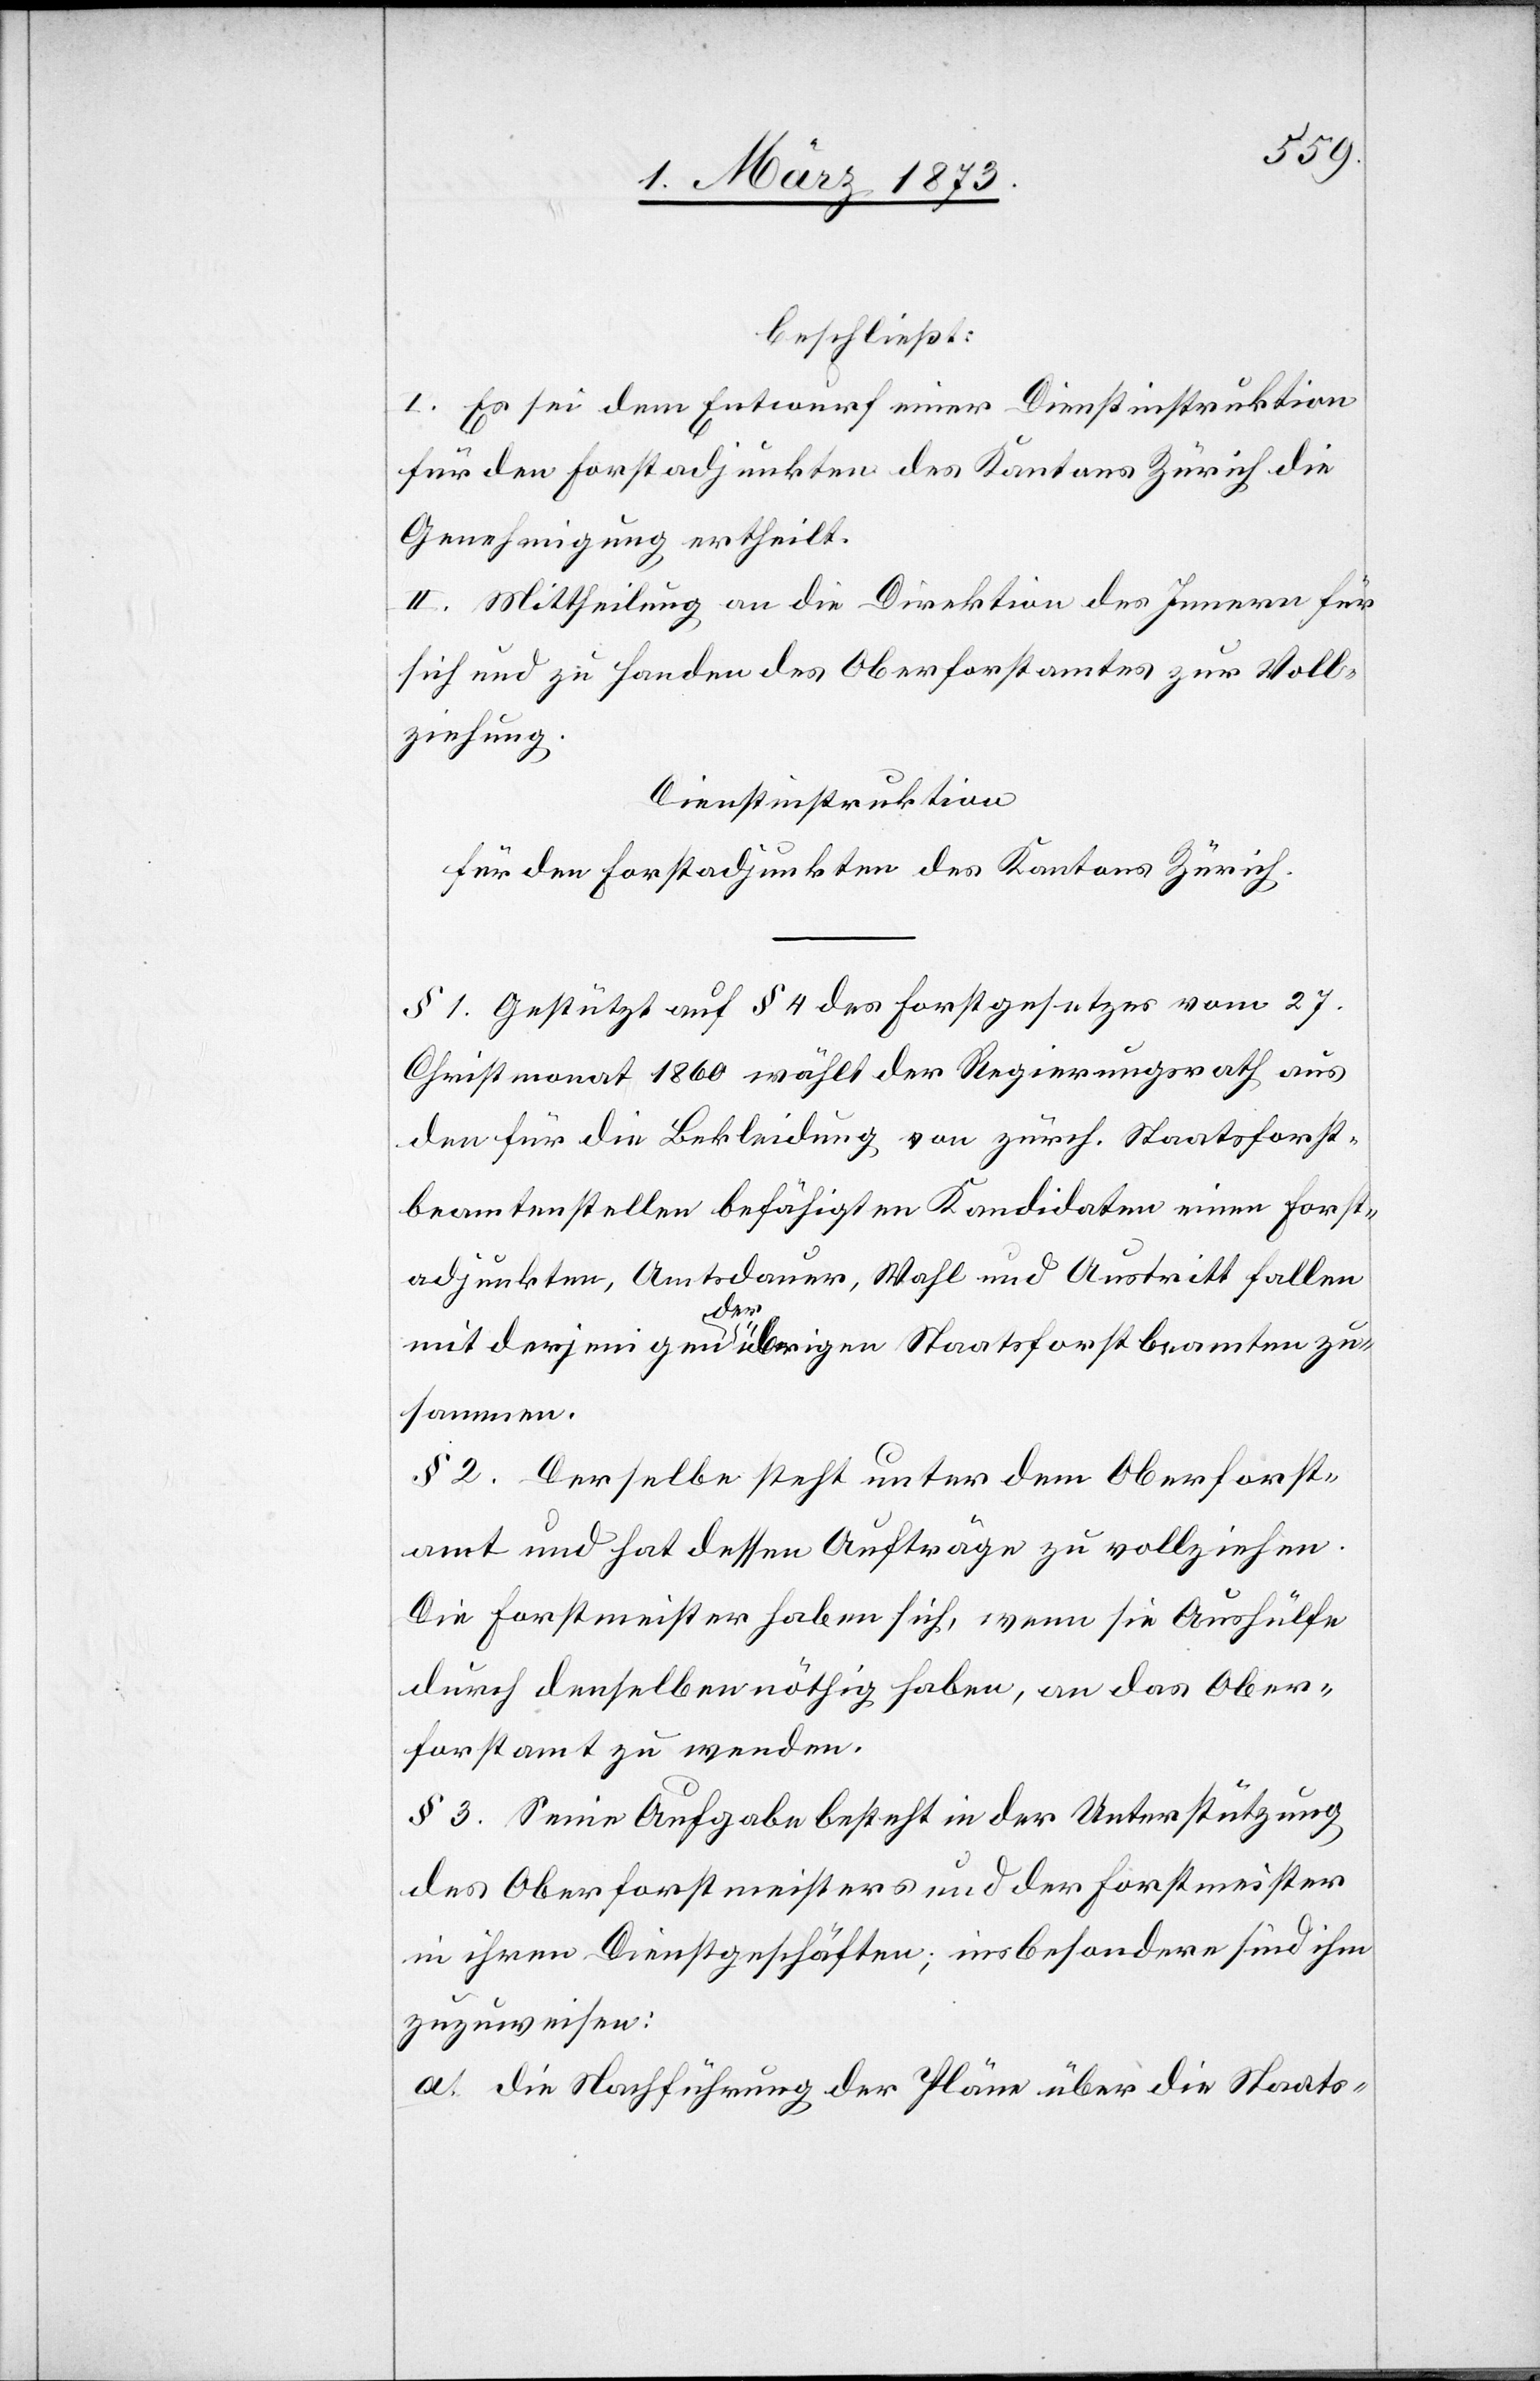
beschließt:
I. Es sei dem Entwurf einer Dienstinstruktion
für den Forstadjunkten des Kantons Zürich die
Genehmigung ertheilt.
II. Mittheilung an die Direktion des Innern für
sich und zu Handen des Oberforstamtes zur Voll¬
ziehung.
Dienstinstruktion
für den Forstadjunkten des Kantons Zürich.
§ 1. Gestützt auf § 4 des Forstgesetzes vom 27.
Christmonat 1860 wählt der Regierungsrath aus
den für die Bekleidung von zürch. Staatsforst¬
beamtenstellen befähigten Kandidaten einen Forst¬
adjunkten, Amtsdauer, Wahl und Austritt fallen
mit derjenigen der übrigen Staatsforstbeamtung zu¬
sammen.
§ 2. Derselbe steht unter dem Oberforst¬
amt und hat dessen Aufträge zu vollziehen.
Die Forstmeister haben sich, wenn sie Aushülfe
durch denselben nöthig haben, an das Ober¬
forstamt zu wenden.
§ 3. Seine Aufgabe besteht in der Unterstützung
des Oberforstmeisters und der Forstmeister
in ihren Dienstgeschäften; insbesondere sind ihm
zuzuweisen:
a. die Nachführung der Pläne über die Staats-[,]